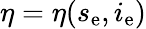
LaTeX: \eta=\eta(s_{\mathrm{e}},i_{\mathrm{e}})